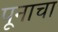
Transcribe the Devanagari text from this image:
पूनाचा